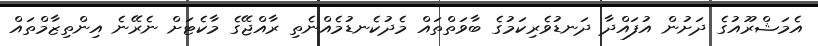
އެމަޝްރޫއުގެ ދަށުން އުފައްދާ ދަނޑުވެރިކަމުގެ ބާވަތްތައް މެދުކެނޑުމެއްނެތި ރާއްޖޭގެ މާކެޓަށް ނެރޭނެ އިންތިޒާމްތައް